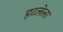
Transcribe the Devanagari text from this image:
हटलेला